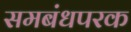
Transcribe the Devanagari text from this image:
समबंधपरक